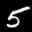
Label: 5